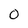
Character: 0